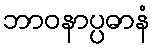
ဘာဝနာပ္ပဓာနံ